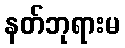
နတ်ဘုရားမ